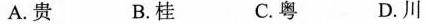
A.贵B.桂C.粤 D.川